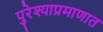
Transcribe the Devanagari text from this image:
पुरेश्याप्रमाणात